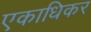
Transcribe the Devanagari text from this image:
एकाधिकर